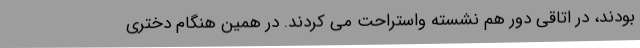
بودند، در اتاقی دور هم نشسته واستراحت می کردند. در همین هنگام دختری